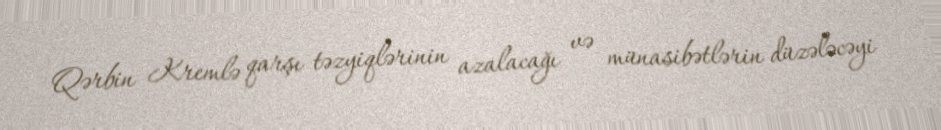
Qərbin Kremlə qarşı təzyiqlərinin azalacağı və münasibətlərin düzələcəyi